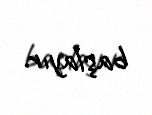
başlayır.